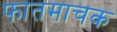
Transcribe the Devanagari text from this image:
फातमाचक